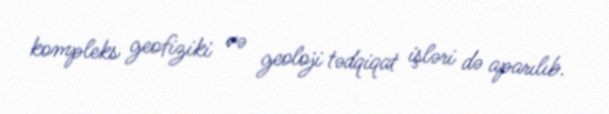
kompleks geofiziki və geoloji tədqiqat işləri də aparılıb.